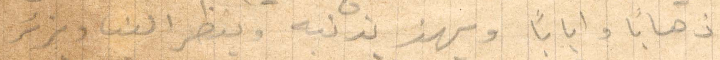
ذهابًا وايابًا ويهز بذنبه وينظر الينا ويزئر